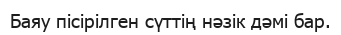
Баяу пісірілген сүттің нәзік дәмі бар.